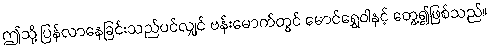
ဤသို့ ပြန်လာနေခြင်းသည်ပင်လျှင် ဗန်းမောက်တွင် မောင်ရွှေဝါနှင့် တွေ့၍ဖြစ်သည်။